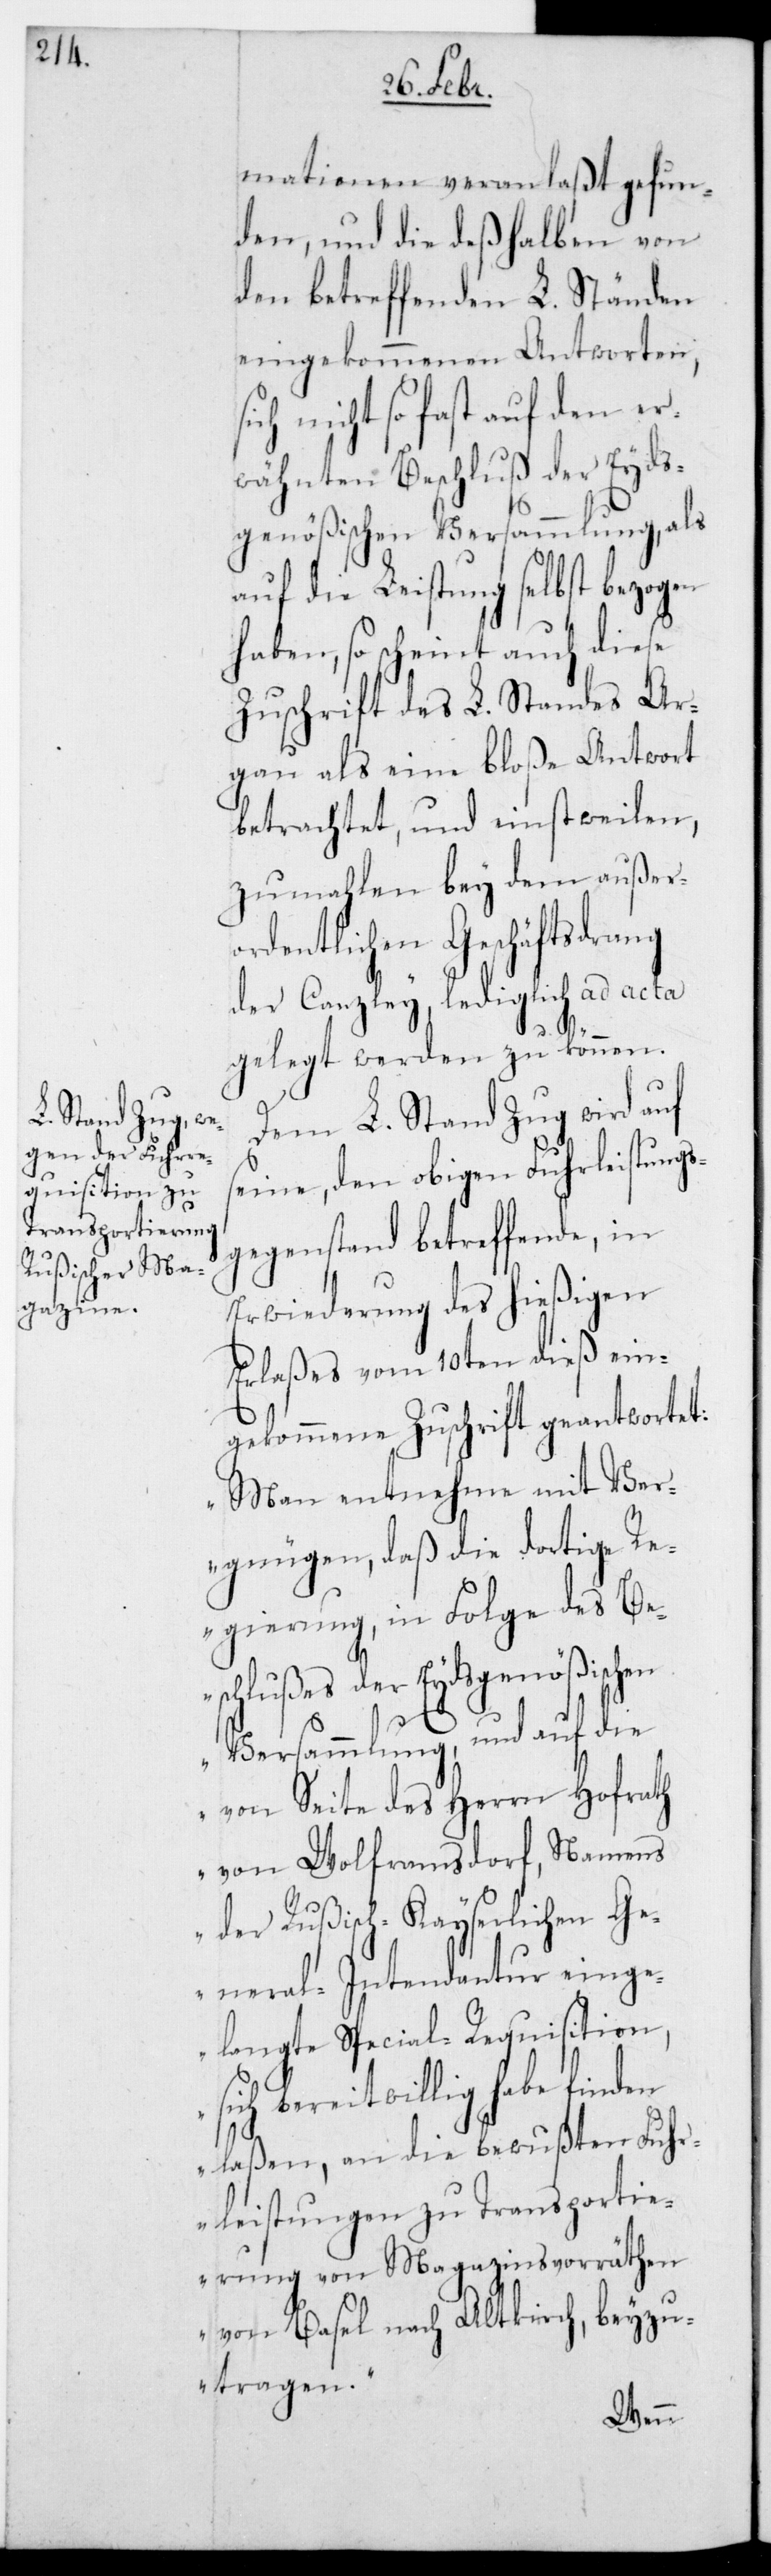
mationen veranlaßt gefun¬
den, und die deshalben von
den betreffenden L. Ständen
eingekommenen Antworten,
sich nicht so fast auf den er¬
wähnten Beschluß der Eyds¬
genößischen Versammlung, als
auf die Leistung selbst bezogen
haben, so scheint auch diese
Zuschrift des L. Standes Ar¬
gau als eine bloße Antwort
betrachtet, und einstweilen,
zumahlen bey dem außer¬
ordentlichen Geschäftsdrang
der Canzley lediglich ad acta
gelegt werden zu können.
Dem L. Stand Zug wird auf
seine, den obigen Fuhrleistung¬
sgegenstand betreffende, in
Erwiderung des hießigen
Erlaßes vom 10ten dieß ein¬
gekommene Zuschrift geantwortet:
„Man entnehme mit Ver¬
gnügen, daß die dortige R¬
egierung, in Folge des Be¬
schlußes der Eydsgenößischen
Versammlung, und auf die
von Seite des Herrn Hofrath
von Wolframsdorf, Namens
der Rußisch-Kayserlichen Ge¬
neral-Intendantur einge¬
langte Special-Requisition,
sich bereitwillig habe finden
laßen, an die bewußten Fuhr¬
leistungen zu Transportie¬
rung von Magazinsvorräthen
von Basel nach Altkirch, beyzu¬
tragen.